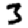
Digit: 3